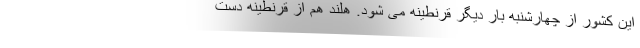
این کشور از چهارشنبه بار دیگر قرنطینه می شود. هلند هم از قرنطینه دست